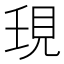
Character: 𧠒